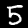
Digit: 5